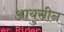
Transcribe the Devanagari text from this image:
आयुसीन